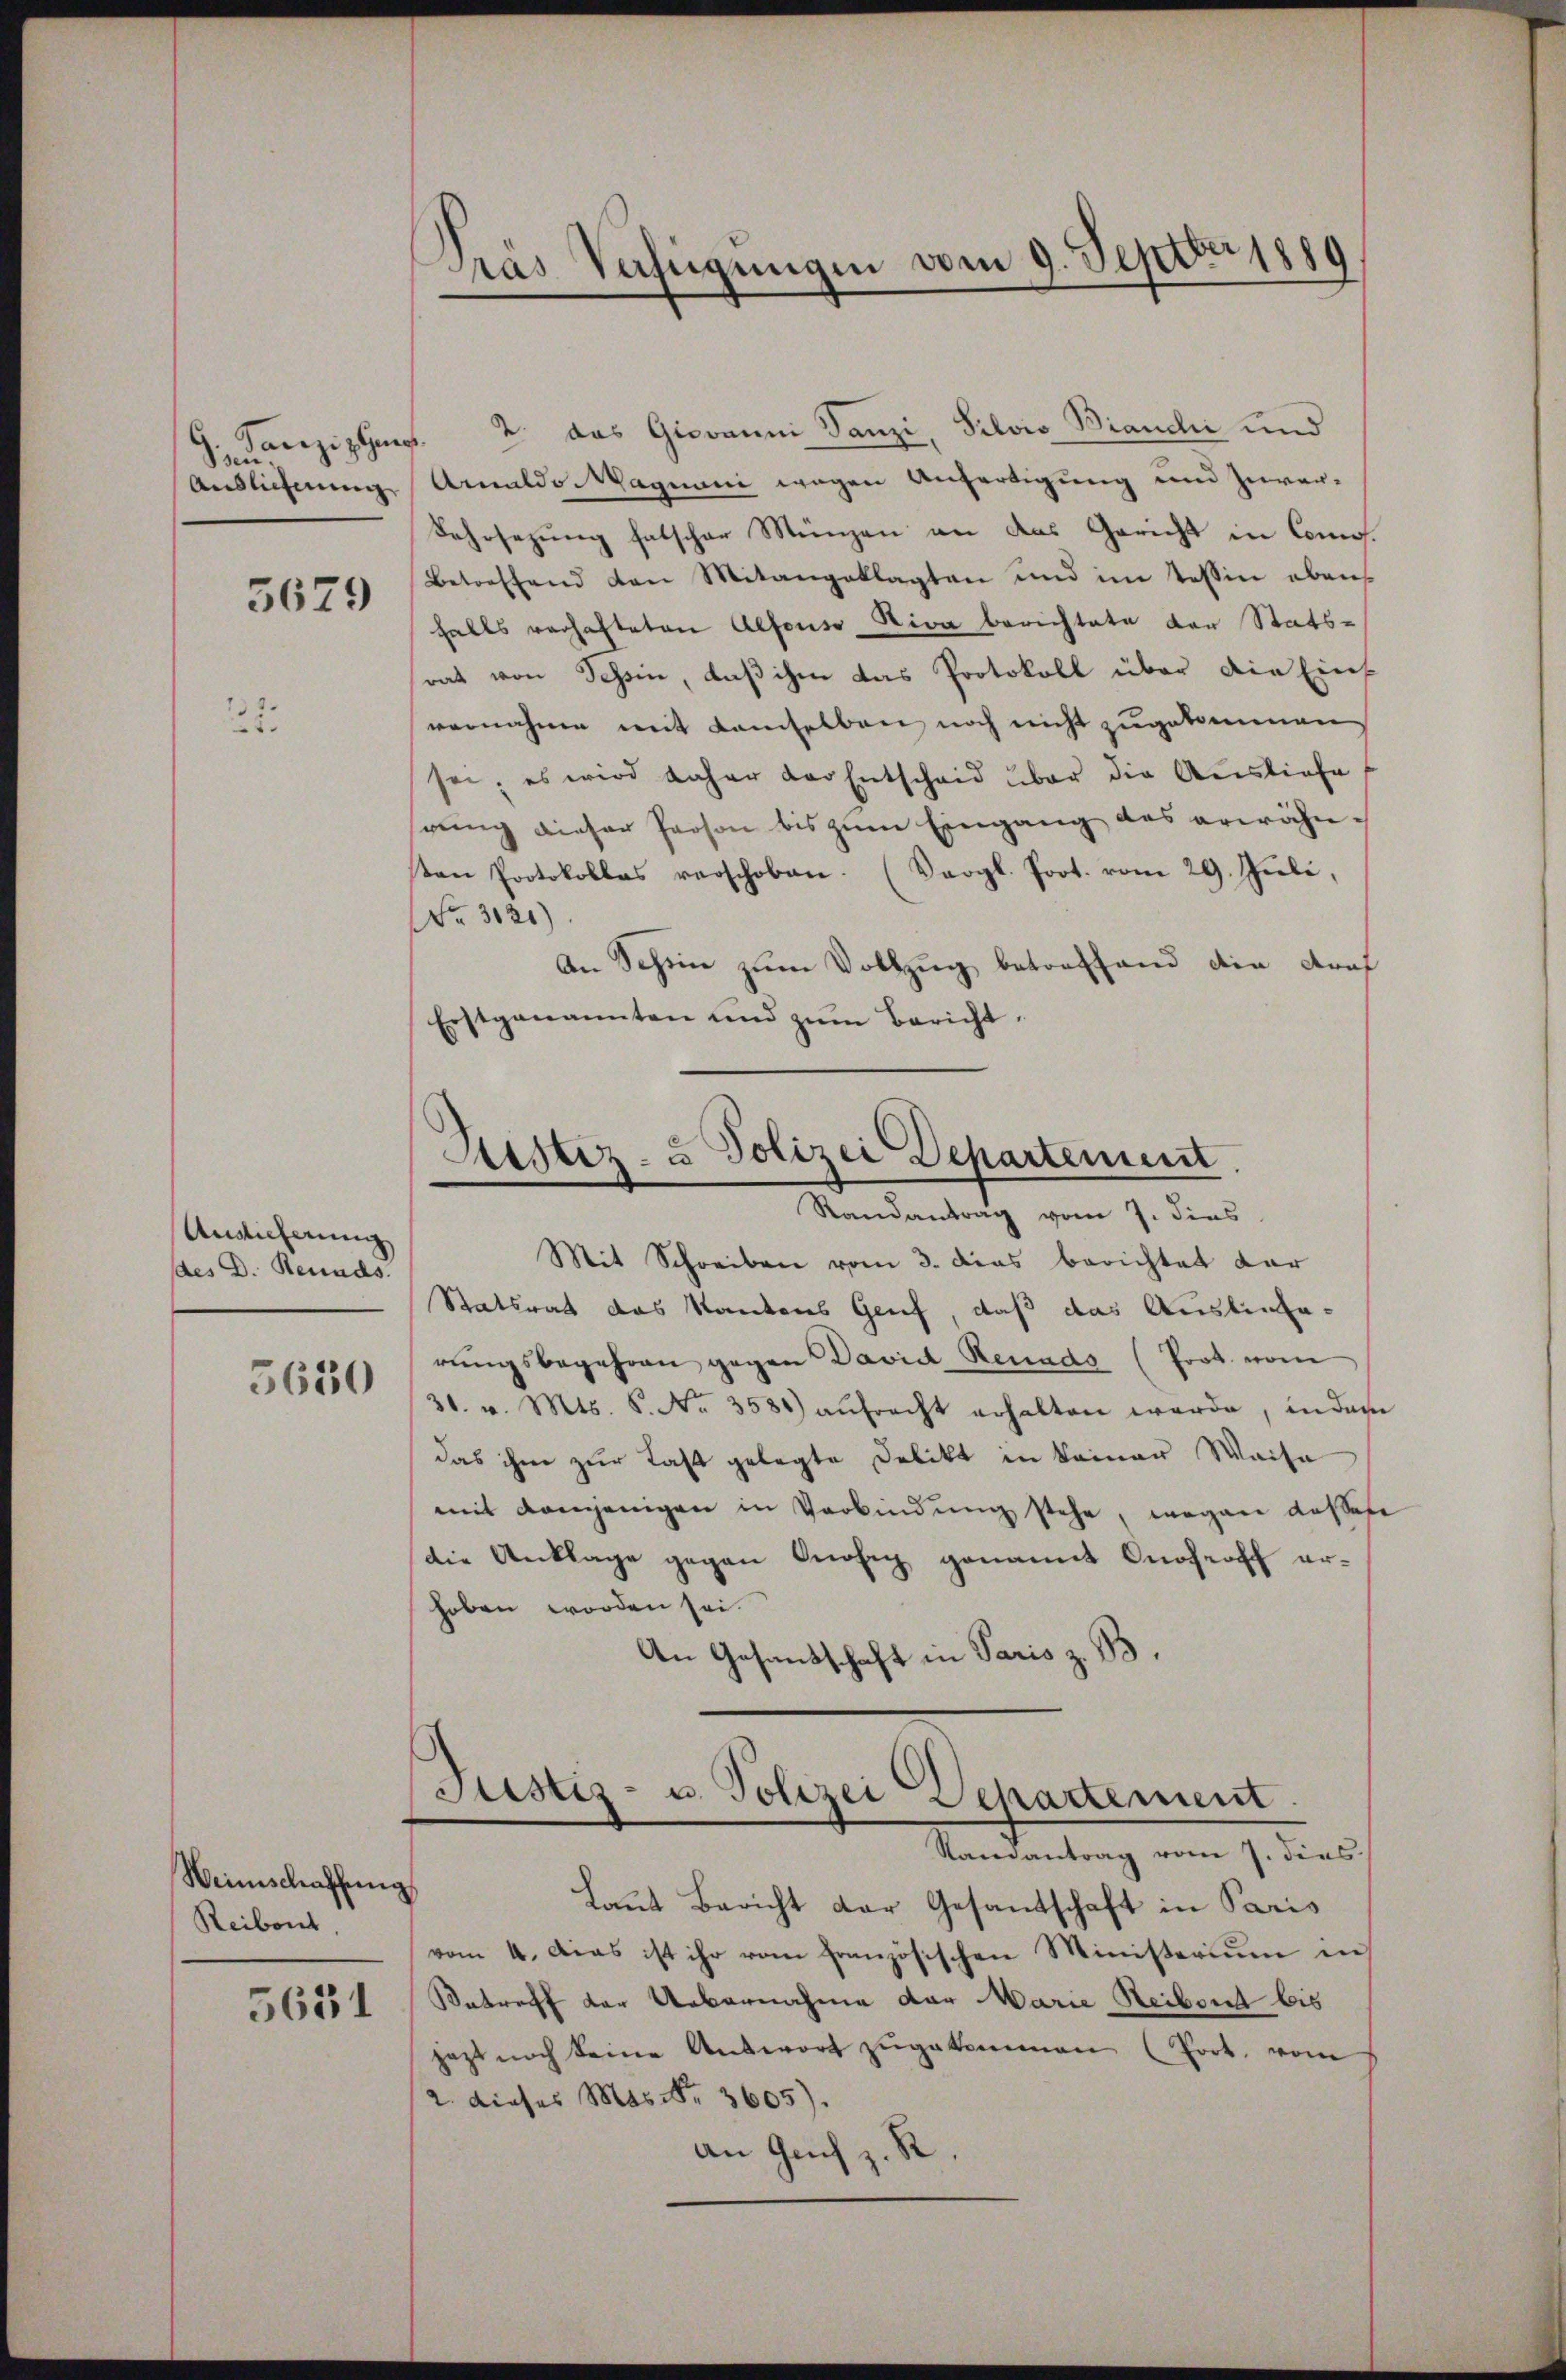
Somi
Auslichnung

5679

22.

Auslieferung
ddes D. Renads.

5630

Weinschaffung
Reibent,

5631

Sanzig Ges. 2. das Giovanni Tanzi, Silvis Brandi und
Amaldo Wagnani wegen Anfertigung und Zuver¬
Fehrsezung falscher Münzen an das Gericht in Comos.
Betreffend den Mitangeklagten und im Tessin ebens
falls verhafteten Alfonso Niva berichtete der Statsrat von Schein, daß ihm das Protokoll über die Ein-
vernahme mit kamselben noch nicht zugekommen
sei; es wird daher der Entscheid über die Ausliefe
rung dieser Person bis zŭm Eingang des erwähnsten Protokolles verschoben. (Vergl. Prot. vom 29. Juli,
Nr. 3021)
An Schön zum Vollzug betreffend die Kraf
Erstgenannten und zŭm Bericht:

Gras Verfügungen vom 9. Septbr 1889

Sistiz- & Polizei Departement
Randantrag vom 7. dies

Mit Schreiben vom 3. das berichtet dar
Statsrat das Kantons Genf, daß das Auslieferŭngsbegehren gegen David Neuads (Prot. vom
31. v. Mts. S. Nr. 3580 aŭfracht erhalten werde, in dem
das ihm zur Last gelegte Delikt in keiner Waise
mit demjenigen in Verbindung stehe, wegen dassene
die Anklage gegen Knofig genannt nochroff erhoben worden sei.
An Gesandschaft in Paris z. B.
Justiz- u. Polizei Departement
Randantrag vom 7. dies
Laut Bericht der Gesandschaft in Paris
vom 4. Das ist ihr vom französischen Ministerium in
Betreff der Uebernahme der Marie Reibend bis
jezt noch keine Antwort zugekommen (fort. vom
2. dieses Mas Fr. 3605).
an Guch z. R.